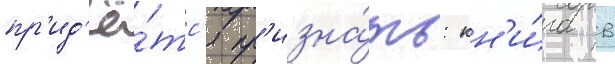
пр'ид'ё́тс'я пр'изна́ть: кн'и́га в